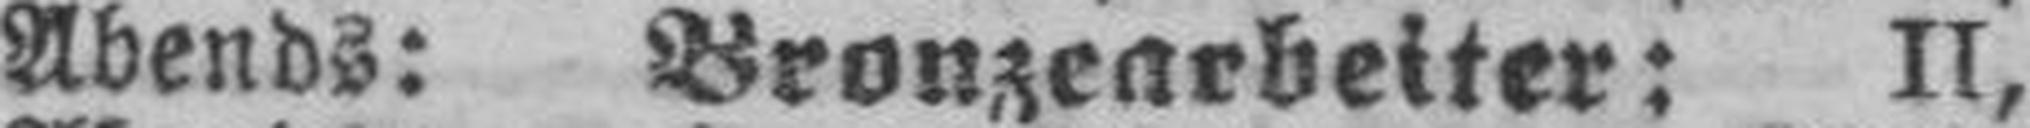
Abends: Bronzearbeiter: II,